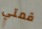
قمتي